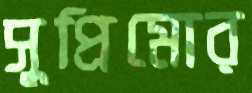
সুপ্রিমোর